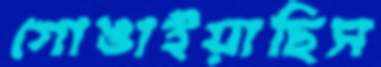
গোঙাইয়াছিস